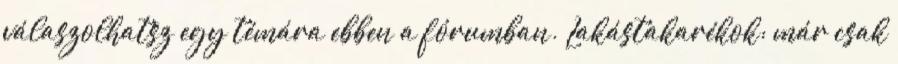
válaszolhatsz egy témára ebben a fórumban. Lakástakarékok: már csak